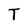
Character: T